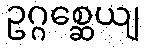
ဥဂ္ဂစ္ဆေယျ